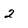
Character: 2